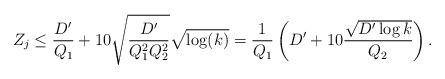
LaTeX: \begin{align*}Z_j \leq \frac{D'}{Q_1} + 10 \sqrt{\frac{D'}{Q_1^2Q_2^2}} \sqrt{\log(k)} = \frac{1}{Q_1}\left( D' + 10\frac{\sqrt{D' \log k}}{Q_2} \right).\end{align*}